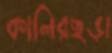
কালিরছড়া